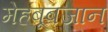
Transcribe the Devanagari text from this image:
मेहबूबजान